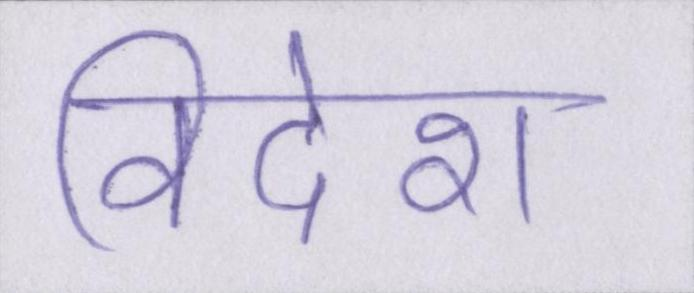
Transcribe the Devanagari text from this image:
विदेश